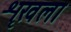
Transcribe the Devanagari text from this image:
शृखला